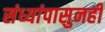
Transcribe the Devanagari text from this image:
संध्यांपासुनही